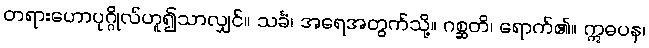
တရားဟောပုဂ္ဂိုလ်ဟူ၍သာလျှင်။ သင်္ခံ၊ အရေအတွက်သို့။ ဂစ္ဆတိ၊ ရောက်၏။ ဣဓပန၊